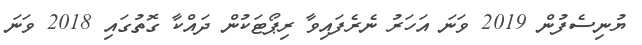
ޔުނިސެފުން 2019 ވަނަ އަހަރު ނެރެފައިވާ ރިޕޯޓަކުން ދައްކާ ގޮތުގައި 2018 ވަނަ